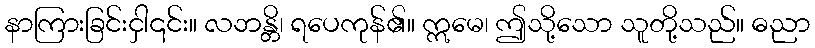
နာကြားခြင်းငှါ၎င်း။ လဘန္တိ၊ ရပေကုန်၏။ ဣမေ၊ ဤသို့သော သူတို့သည်။ ဓညာ